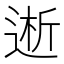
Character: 𮞝